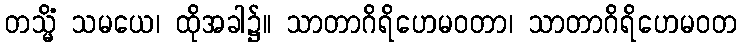
တသ္မိံ သမယေ၊ ထိုအခါ၌။ သာတာဂိရိဟေမဝတာ၊ သာတာဂိရိဟေမဝတ